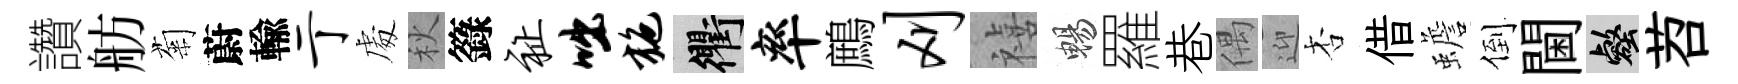
讚舫菊蔚輸亍䖏秋籙祉咄施衢率鷓刈禧暢羅巷偶迎杏借蟾倒閫壑苕